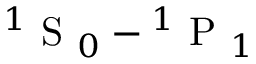
\ensuremath { { ^ 1 \mathrm { ~ S ~ } _ { 0 } } } - \ensuremath { { ^ 1 \mathrm { ~ P ~ } _ { 1 } } }